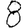
Digit: 8